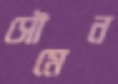
সৌমেন